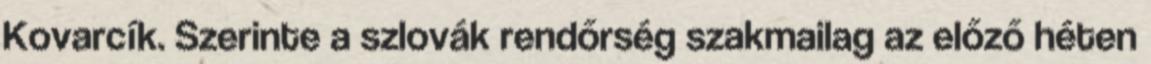
Kovarcík. Szerinte a szlovák rendőrség szakmailag az előző héten